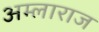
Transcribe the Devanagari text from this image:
अम्लाराज